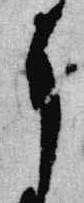
了